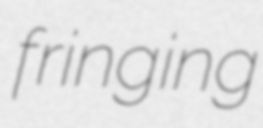
fringing